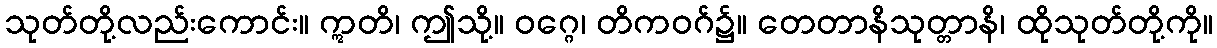
သုတ်တို့လည်းကောင်း။ ဣတိ၊ ဤသို့။ ဝဂ္ဂေ၊ တိကဝဂ်၌။ တေတာနိသုတ္တာနိ၊ ထိုသုတ်တို့ကို။